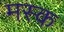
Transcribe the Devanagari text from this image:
मस्‍क